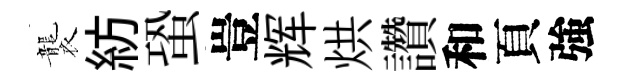
襲紡蛩豈辉烘讚和頁強